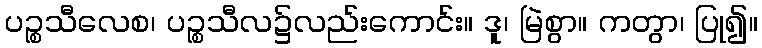
ပဉ္စသီလေစ၊ ပဉ္စသီလ၌လည်းကောင်း။ ဒူ၊ မြဲစွာ။ ကတွာ၊ ပြု၍။